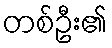
တစ်ဦး၏